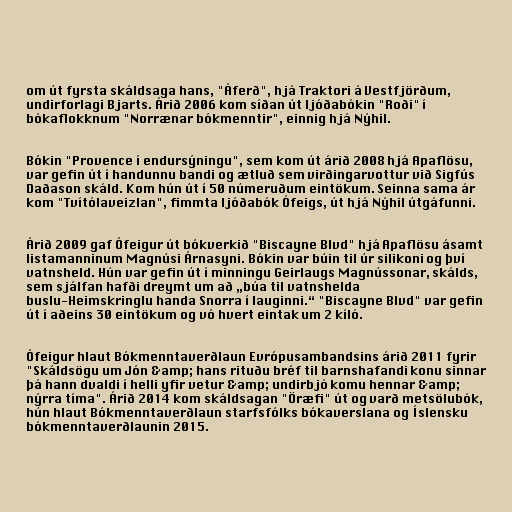
om út fyrsta skáldsaga hans, "Áferð", hjá Traktori á Vestfjörðum,
undirforlagi Bjarts. Árið 2006 kom síðan út ljóðabókin "Roði" í
bókaflokknum "Norrænar bókmenntir", einnig hjá Nýhil.

Bókin "Provence í endursýningu", sem kom út árið 2008 hjá Apaflösu,
var gefin út í handunnu bandi og ætluð sem virðingarvottur við Sigfús
Daðason skáld. Kom hún út í 50 númeruðum eintökum. Seinna sama ár
kom "Tvítólaveizlan", fimmta ljóðabók Ófeigs, út hjá Nýhil útgáfunni.

Árið 2009 gaf Ófeigur út bókverkið "Biscayne Blvd" hjá Apaflösu ásamt
listamanninum Magnúsi Árnasyni. Bókin var búin til úr silikoni og því
vatnsheld. Hún var gefin út í minningu Geirlaugs Magnússonar, skálds,
sem sjálfan hafði dreymt um að „búa til vatnshelda
buslu-Heimskringlu handa Snorra í lauginni.“ "Biscayne Blvd" var gefin
út í aðeins 30 eintökum og vó hvert eintak um 2 kíló.

Ófeigur hlaut Bókmenntaverðlaun Evrópusambandsins árið 2011 fyrir
"Skáldsögu um Jón &amp; hans rituðu bréf til barnshafandi konu sinnar
þá hann dvaldi í helli yfir vetur &amp; undirbjó komu hennar &amp;
nýrra tíma". Árið 2014 kom skáldsagan "Öræfi" út og varð metsölubók,
hún hlaut Bókmenntaverðlaun starfsfólks bókaverslana og Íslensku
bókmenntaverðlaunin 2015.